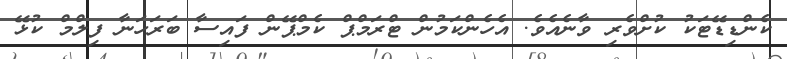
ކެންޑިޑޭޓަކު ކުށްވެރި ވާނެއެވެ. އެހެންކަމުން ޓްރަމްޕް ކެމްޕޭން ފައިސާ ބަަރަހަނާ ފިލްމް ކުޅޭ